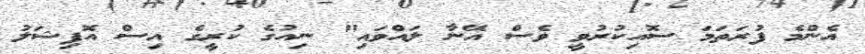
އެންމެ ފުރަތަމަ ސޮއިކުރުވީ ވެސް އޭނާ ލައްވައި" ނިއުގެ ކުރީގެ އިސް އޮފިޝަލު